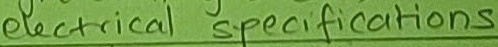
Text: electrical specifications